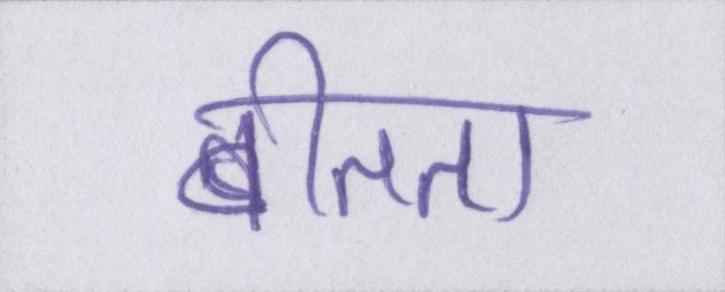
बीतता